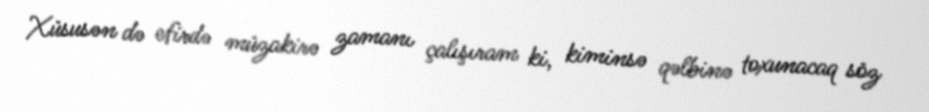
Xüsusən də efirdə müzakirə zamanı çalışıram ki, kiminsə qəlbinə toxunacaq söz